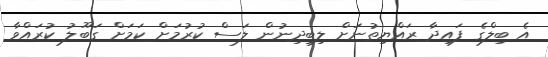
އެ ބިލްގެ ފައިދާ ރައްޔިތުނަށް ލިބިދިނުން ލަސް ކުރުމަށް ކަމަށް ގަބޫލު ކުރައްވާ